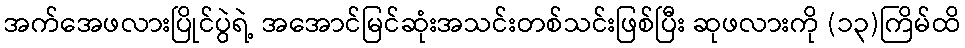
အက်အေဖလားပြိုင်ပွဲရဲ့ အအောင်မြင်ဆုံးအသင်းတစ်သင်းဖြစ်ပြီး ဆုဖလားကို (၁၃)ကြိမ်ထိ